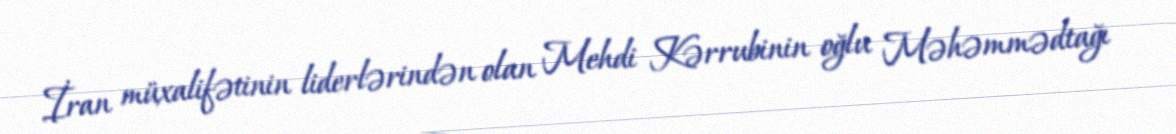
İran müxalifətinin liderlərindən olan Mehdi Kərrubinin oğlu Məhəmmədtağı